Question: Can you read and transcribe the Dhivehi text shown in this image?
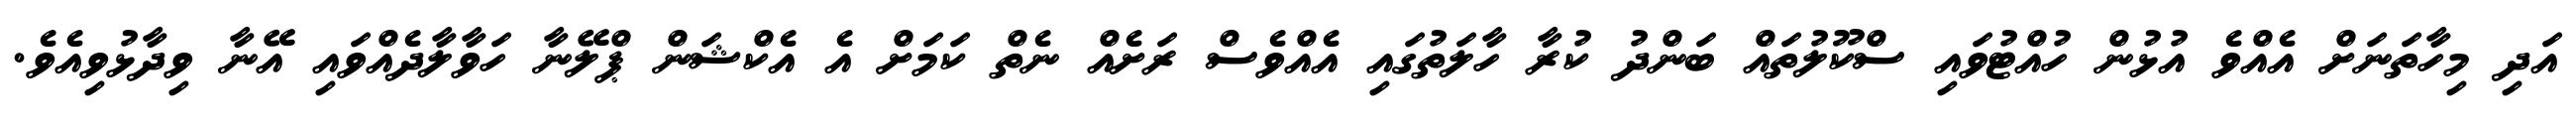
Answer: އަދި މިހާތަނަށް އެއްވެ އުޅުން ހުއްޓުވައި ސްކޫލުތައް ބަންދު ކުރާ ހާލަތުގައި އެއްވެސް ރަށެއް ނެތް ކަމަށް އެ އެކްޝަން ޕްލޭނާ ހަވާލާދެއްވައި އޭނާ ވިދާޅުވިއެވެ.